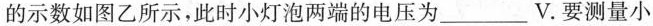
的示数如图乙所示，此时小灯泡两端的电压为___V.要测量小